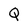
Character: Q